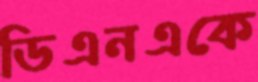
ডিএনএকে